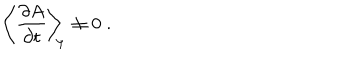
\left\langle \frac { \partial A } { \partial t } \right\rangle _ { \scriptstyle \! \! \Psi } \neq 0 \; .